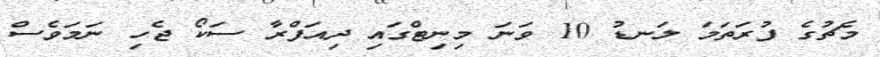
މެޗުގެ ފުރަތަމަ ލަނޑު 10 ވަނަ މިނިޓްގައި ދިއަފްރާ ސަކޯ ޖެހި ނަމަވެސް